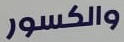
والكسور